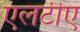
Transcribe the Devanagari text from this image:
एलटीए